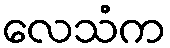
လေသံက